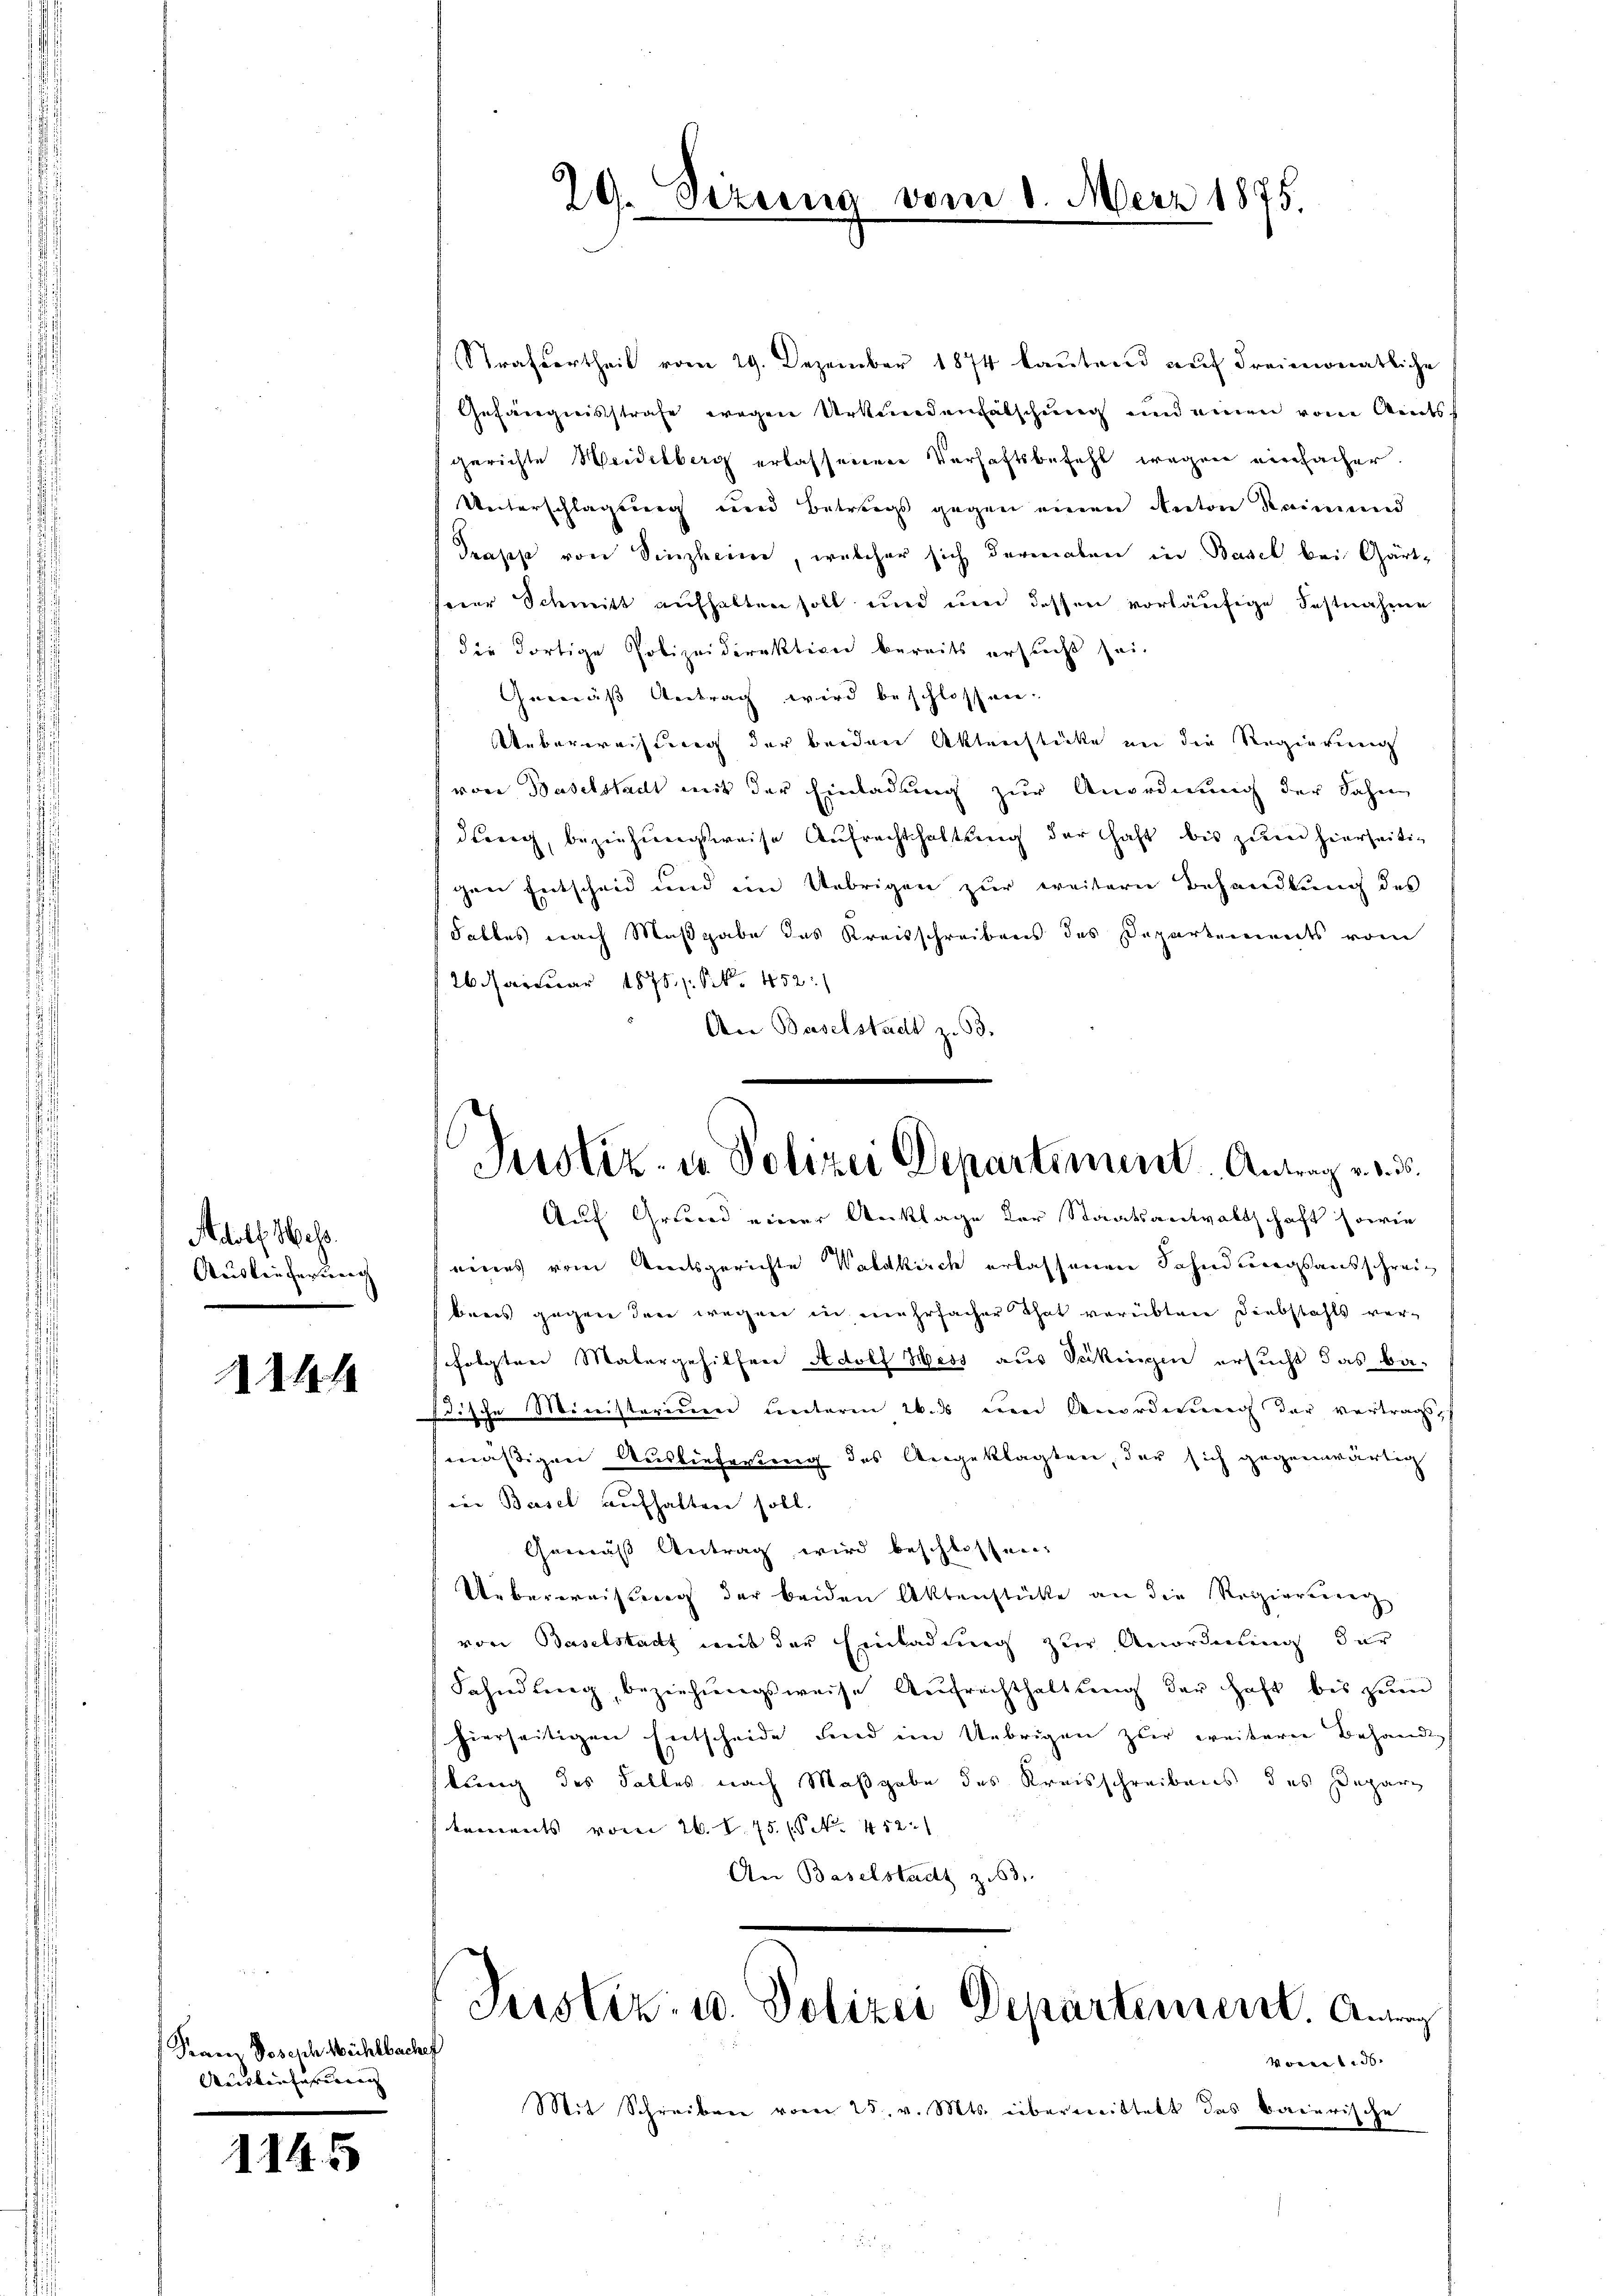
Adolf Mess.
Auslieferung

2144

Franz Joseph Mühlbachef
Auslieferung |

1145

29. Sizung vom 1. März 1875.

Strafvertheil vom 29. Dezember 1874 lautend auf dreimonatliche
Gefängnisstrafe wegen Urkundenfälschung und einen von Amtsgerichte Weidelberg erlassenen Verhaftsbefehl wegen einfacher.
Unterschlagung und Betrags gegen einen Anton Raimund
Prapp von Sinzheim, welcher sich dermalen in Basel bei Gärtvier Schmitt aufhalten soll und und dessen vorläŭfige Festnahme
die dortige Polizeidirektion bereits ersucht sei.
Gemäß Vertrag wird beschlossen.
Ueberweisung der beiden Aktenstücke an die Regierung
von Baselstadt mit der Einladung zur Anordnung der Sahne
dberg, beziehungsweise Aufrachthaltung der Haft bis zum hierseitig
gen Entscheid und im Uebrigen zur weitere Behandlung des
Falles nach Maßgabe des Kreisschreibens des Departements vom
26. Januar 1875. Frk. 452.
An Baselstadt z. 33.

Justiz- u. Polizei Departement. Antrag v. d. d.

Auf Grund einer Anklage der Staatsanwaltschaft sowie
eines vom Amtsgerichte Waldkirch erlassenen Fahndungsausschreibares gegen den wegen in mehrfacher That verübten Diebstahls ver-
folgten Malergehilfen Adolf Hess aus Vukingen ersucht das Bastische Ministerium unterm 26. ds um Anordnung der vertrags
mässigen Auslieferung des Angeklagten, der sich gegenwärtig
ie Basel aufhalten soll.
Gemäß Antrag wird beschlossen.
Ueberweisung der beiden Aktenstütte an die Regierung
von Baselstadt mit der Einladung zur Anordnung dar
Fahndŭng beziehŭngsweise Aŭfrechthaltŭng der Haft bis zŭm
hierseitigen Entscheide sind im Uebrigen zur weiterer Behandl
lung des Falles nach Maßgabe des Kreisschreibens des Departements vom 26. S. 75. (§ No. 452.
An Baselstadt z.63

Justiz- u. Polizei Departement. Antrag
Vorent d

Mit Schreiben vom 25. v. Mts. übermeistatt das baierische